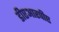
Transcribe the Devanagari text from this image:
डीएआरपीए